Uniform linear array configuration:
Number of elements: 32
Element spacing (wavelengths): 0.75
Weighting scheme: hann
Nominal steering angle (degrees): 60
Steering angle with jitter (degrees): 60.227
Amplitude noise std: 0.05
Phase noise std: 0.05

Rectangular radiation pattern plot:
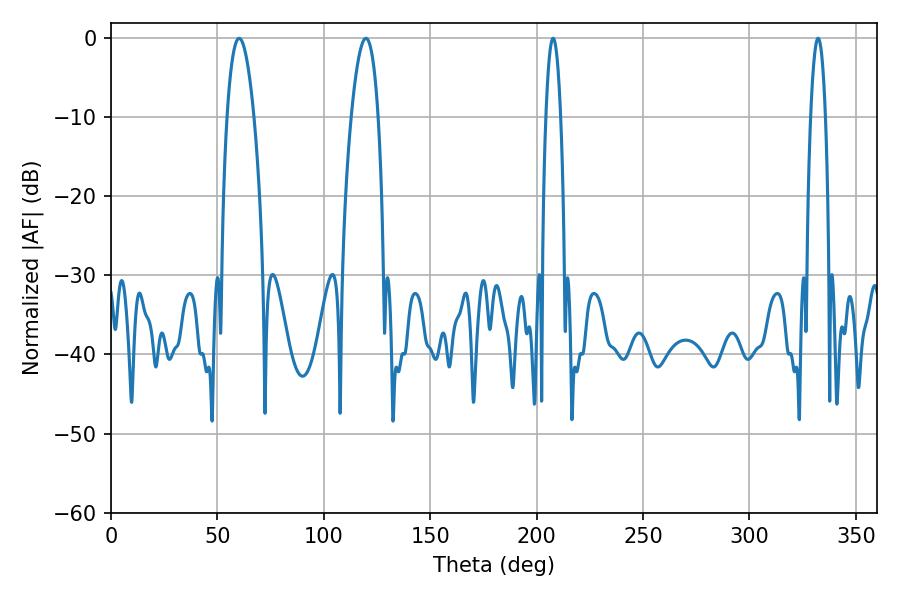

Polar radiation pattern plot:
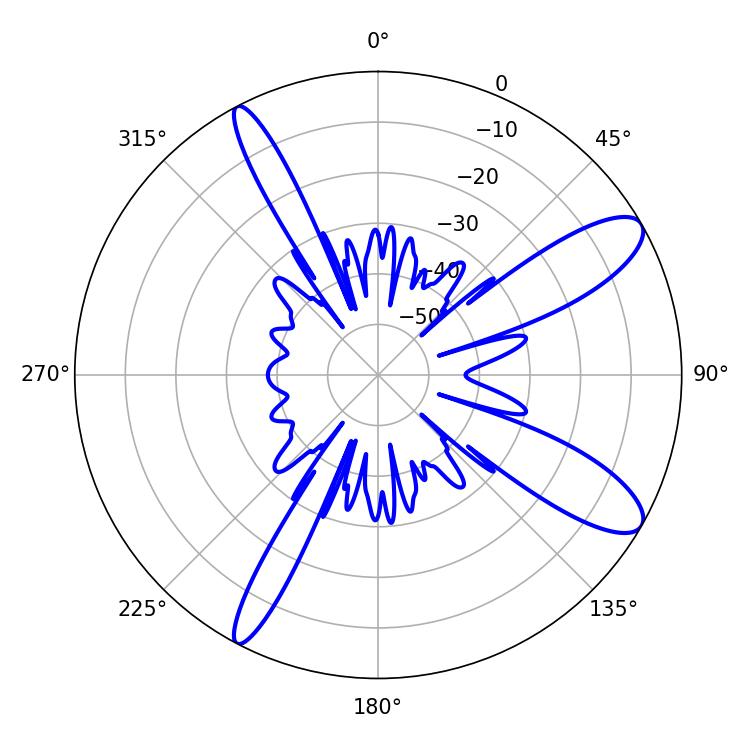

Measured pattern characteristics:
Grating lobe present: TRUE
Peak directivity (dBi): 10.956
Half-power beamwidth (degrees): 3.78
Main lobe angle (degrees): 207.72